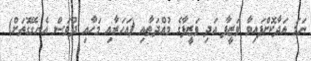
ނަމަ އަދާކޮށްފައިވާ ވަޒީފާ އަދި ވަޒީފާގެ މުއްދަތާއި (އަހަރާއި މަހާއި ދުވަސް އެނގޭގޮތަށް)